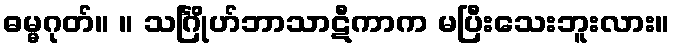
ဓမ္မဂုတ်။ ။ သင်္ဂြိုဟ်ဘာသာဋီကာက မပြီးသေးဘူးလား။